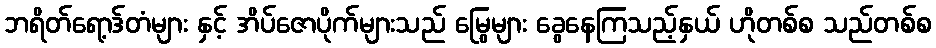
ဘရိတ်ရော့ဒ်တံများ နှင့် အိပ်ဇောပိုက်များသည် မြွေများ ခွေနေကြသည့်နှယ် ဟိုတစ်စ သည်တစ်စ